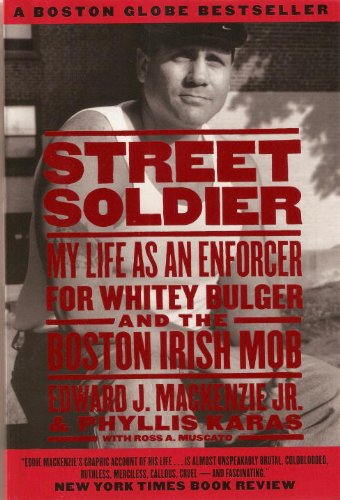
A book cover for Street Soldier: My Life as an Enforcer for Whitey Bulger and the Boston Irish Mob; Edward MacKenzie Jr.; Biographies & Memoirs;